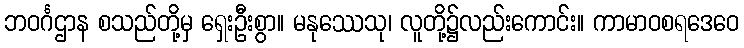
ဘဝင်္ဂဌာန စသည်တို့မှ ရှေးဦးစွာ။ မနုဿေသု၊ လူတို့၌လည်းကောင်း။ ကာမာဝစရဒေဝေ